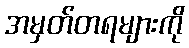
အမှတ်တရများကို